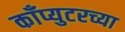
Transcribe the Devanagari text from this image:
काँप्युटरच्या